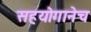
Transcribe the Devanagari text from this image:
सहयोगानेच